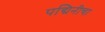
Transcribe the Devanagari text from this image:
पद्मिनीचा